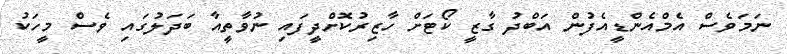
ނަމަވެސް އެމްއެންޑީއެފުން އަބްދު ގާޒީ ކޯޓަށް ހާޒިރުކޮށްދީފައި ނުވާތީއާ ބަދަލުގައި ވެސް މީހަކު